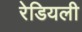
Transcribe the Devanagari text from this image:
रेडियली